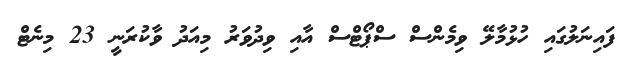
ފައިނަލުގައި ހުޅުމާލޭ ވިމެންސް ސްޕޯޓްސް އާއި ވިދުވަރު މިއަދު ވާކުރަނީ 23 މިނެޓް